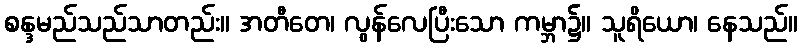
စန္ဒမည်သည်သာတည်း။ အတီတေ၊ လွန်လေပြီးသော ကမ္ဘာ၌။ သူရိယော၊ နေသည်။